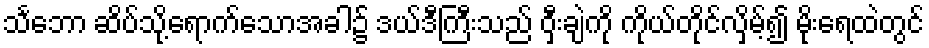
သင်္ဘော ဆိပ်သို့ရောက်သောအခါ၌ ဒယ်ဒီကြီးသည် ဝှီးချဲကို ကိုယ်တိုင်လှိမ့်၍ မိုးရေထဲတွင်